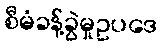
စီမံခန့်ခွဲမှုဥပဒေ